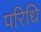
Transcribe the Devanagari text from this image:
परिधि